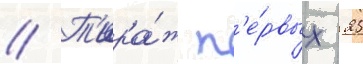
// Т'ира́ж п'е́рвых 25